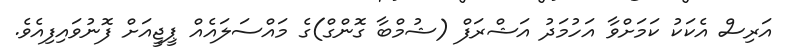
އަރިސް އެކަކު ކަމަށްވާ އަހުމަދު އަޝްރަފް (ޝުމްބާ ގޮންގް)ގެ މައްސަލައެއް ޕީޖީއަށް ފޮނުވައިފިއެވެ.